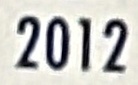
2012